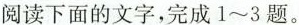
阅读下面的文字，完成1~3题。